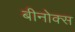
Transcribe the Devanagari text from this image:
बीनोक्स